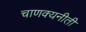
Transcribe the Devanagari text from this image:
चाणक्यनीती